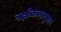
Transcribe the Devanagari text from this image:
नक्षीकामानुसार